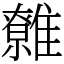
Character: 䨅